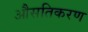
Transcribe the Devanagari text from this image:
औसतिकरण